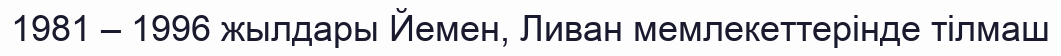
1981 – 1996 жылдары Йемен, Ливан мемлекеттерінде тілмаш